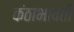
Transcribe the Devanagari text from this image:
कंठाभोवती